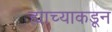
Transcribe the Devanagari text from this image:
ह्याच्याकडून